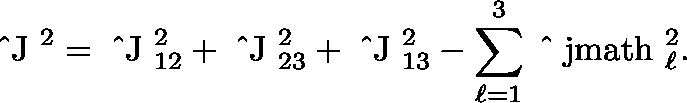
{ \mathrm { \boldmath ~ \hat { ~ } J ~ } } ^ { 2 } = { \mathrm { \boldmath ~ \hat { ~ } J ~ } } _ { 1 2 } ^ { 2 } + { \mathrm { \boldmath ~ \hat { ~ } J ~ } } _ { 2 3 } ^ { 2 } + { \mathrm { \boldmath ~ \hat { ~ } J ~ } } _ { 1 3 } ^ { 2 } - \sum _ { \ell = 1 } ^ { 3 } { \mathrm { \boldmath ~ \hat { ~ } \ j m a t h ~ } } _ { \ell } ^ { 2 } .